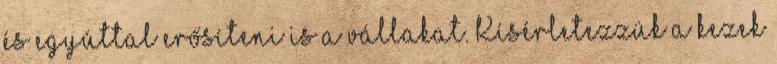
és egyúttal erősíteni is a vállakat. Kísérletezzük a kezek